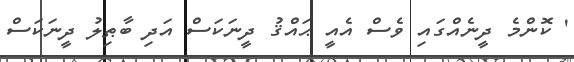
' ކޮންމެ ދީނެއްގައި ވެސް އެއީ ޙައްޤު ދީނަކަސް އަދި ބާޠިލު ދީނަކަސް